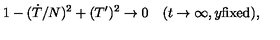
1 - ( \dot { T } / N ) ^ { 2 } + ( T ^ { \prime } ) ^ { 2 } \to 0 \quad ( t \to \infty , y \mathrm { f i x e d } ) ,